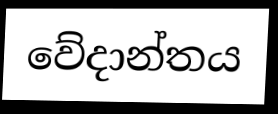
වේදාන්තය